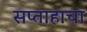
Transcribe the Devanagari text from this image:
सप्ताहाचा